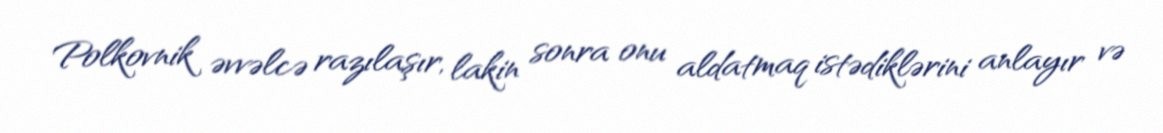
Polkovnik əvvəlcə razılaşır, lakin sonra onu aldatmaq istədiklərini anlayır və